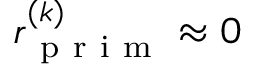
r _ { \mathrm { ~ p ~ r ~ i ~ m ~ } } ^ { ( k ) } \approx 0